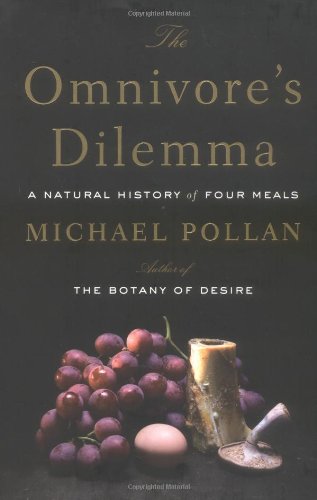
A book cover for The Omnivore's Dilemma: A Natural History of Four Meals; Michael Pollan; Science & Math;